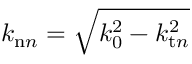
k _ { \mathrm { n } n } = \sqrt { k _ { 0 } ^ { 2 } - k _ { \mathrm { t } n } ^ { 2 } }